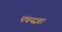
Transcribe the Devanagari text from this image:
पंचयज्ञा